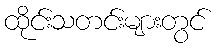
ထိုင်းသတင်းများတွင်